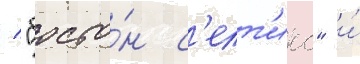
/ "босто́н с'елт'икс" и́